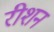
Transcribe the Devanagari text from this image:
रीशन